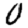
Digit: 0